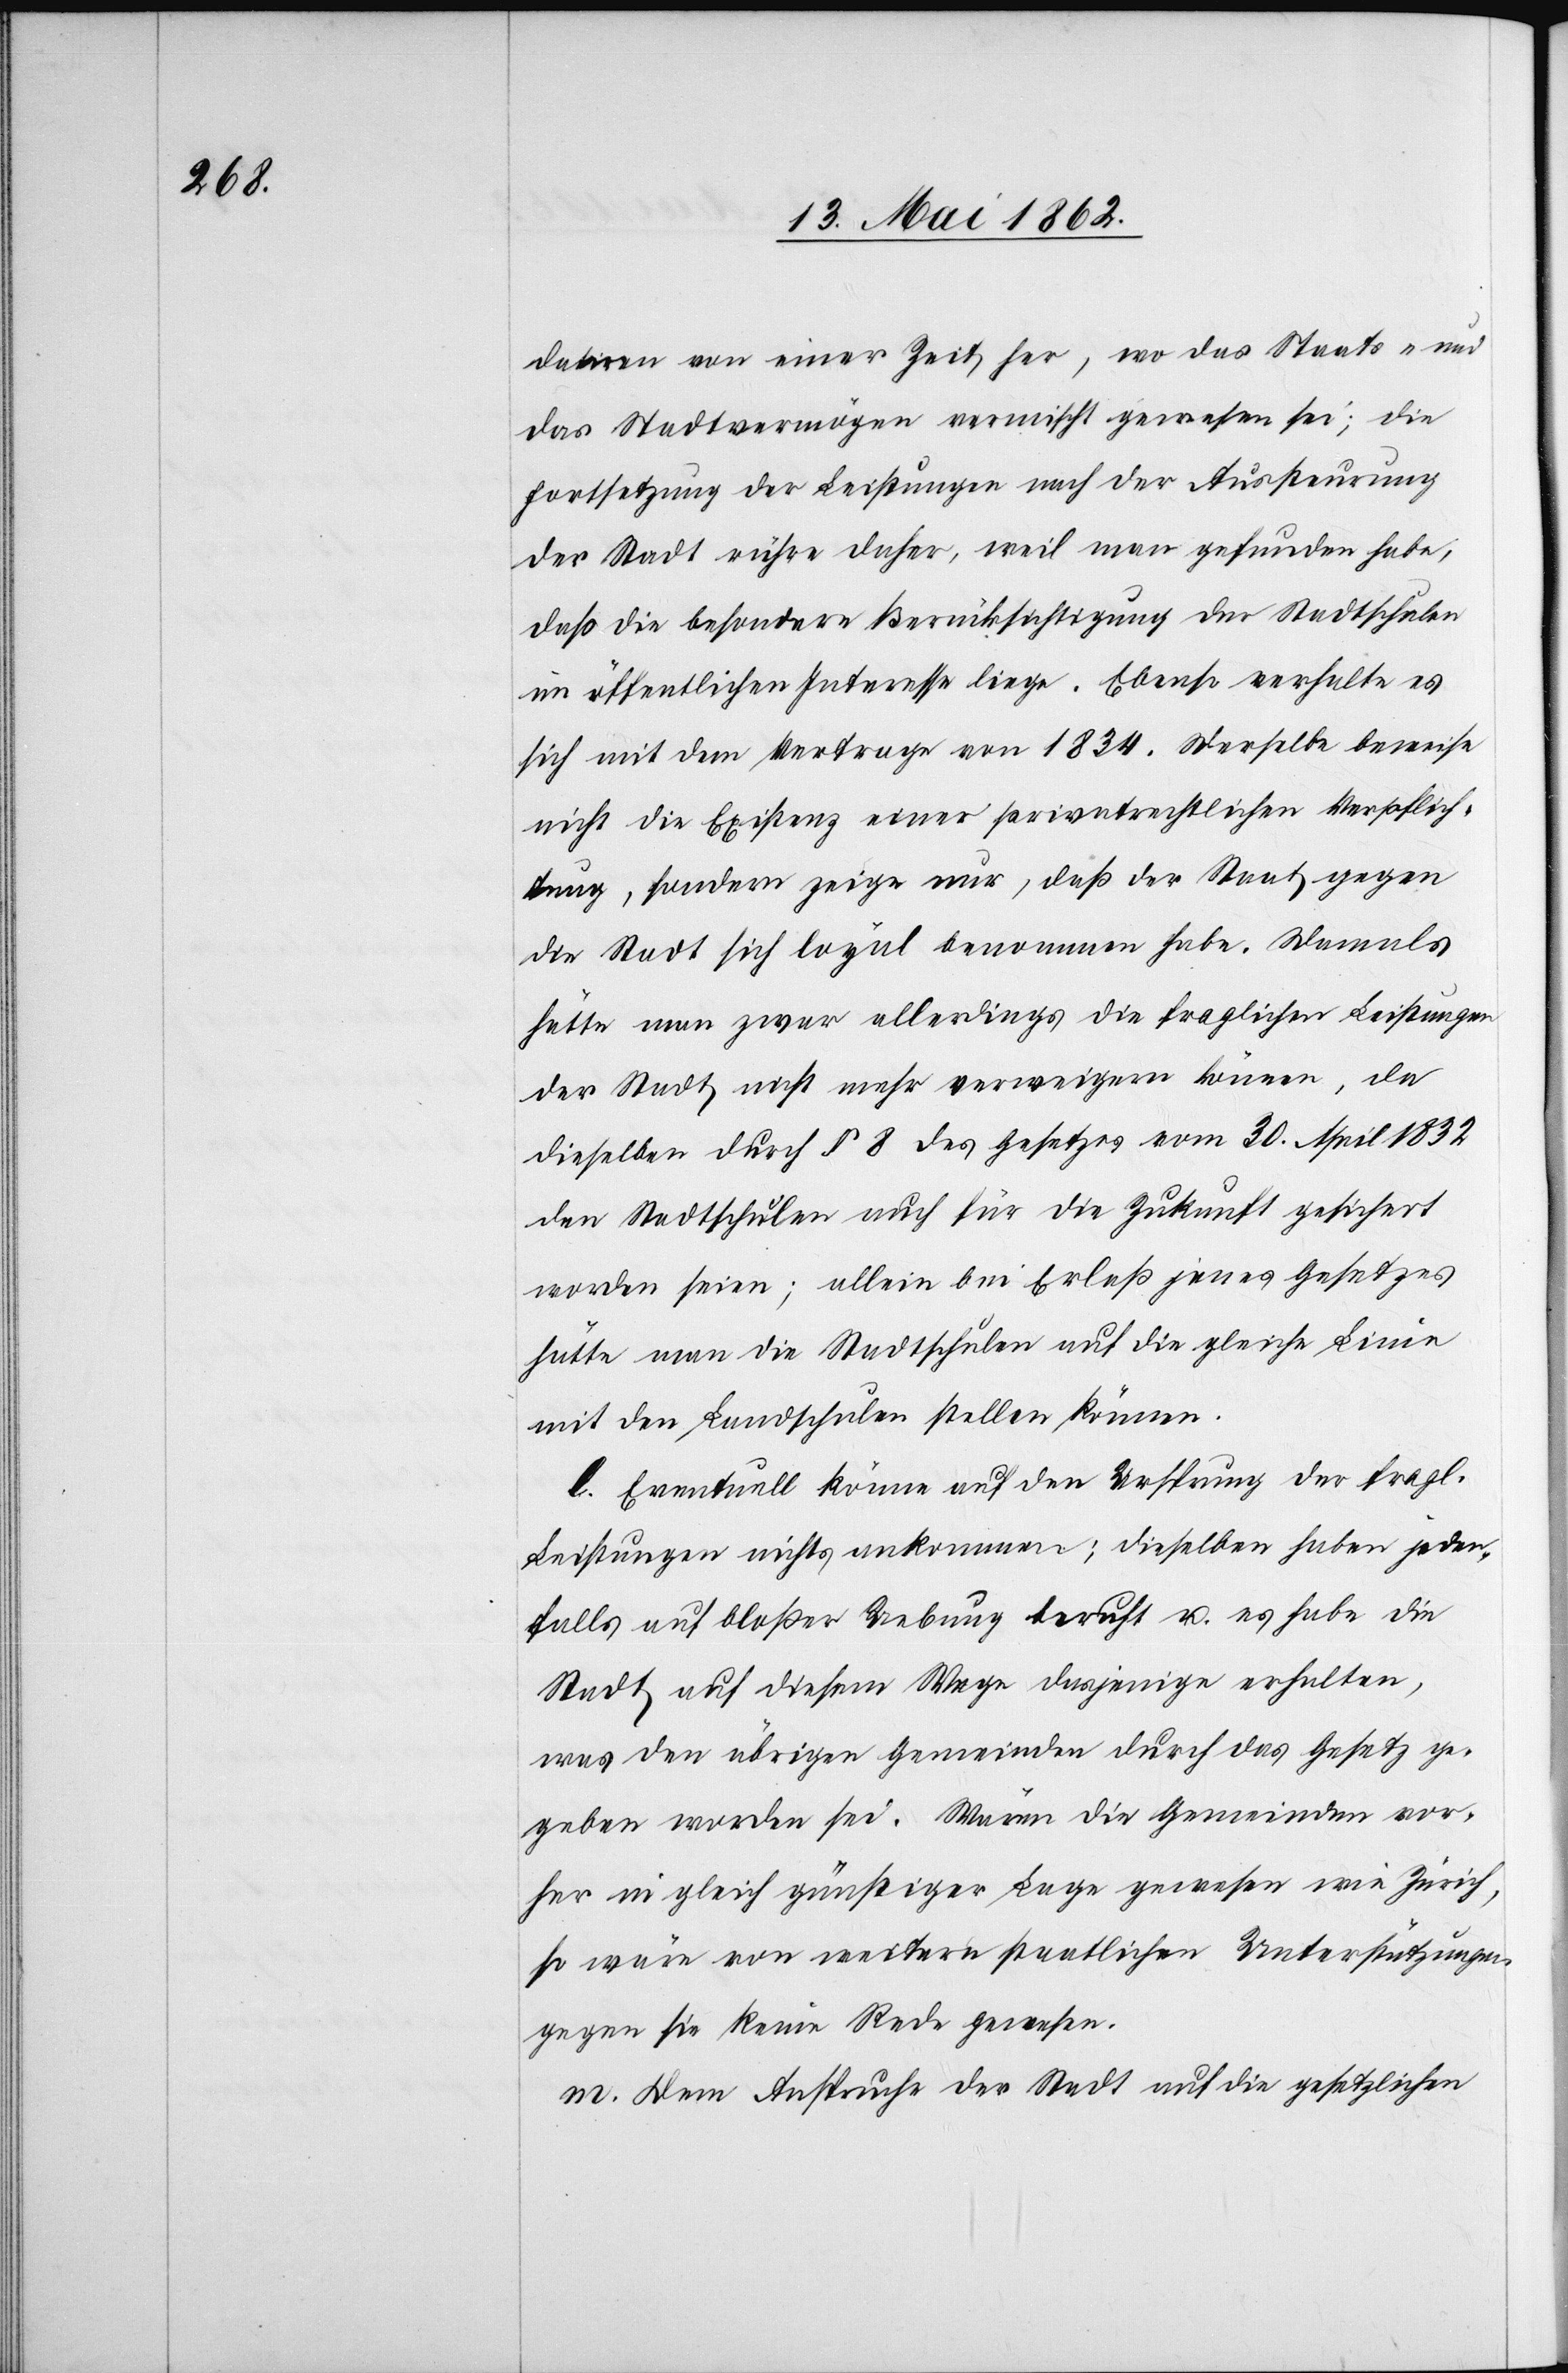
datiren von einer Zeit her, wo das Staats- und
das Stadtvermögen vermischt gewesen sei; die
Fortsetzung der Leistungen nach der Aussteuerung
der Stadt rühre daher, weil man gefunden habe,
daß die besondere Berücksichtigung der Stadtschulen
im öffentlichen Interesse liege. Ebenso verhalte es
sich mit dem Vertrage von 1834. Derselbe beweise
nicht die Existenz einer privatrechtlichen Verpflich¬
tung, sondern zeige nur, daß der Staat gegen
die Stadt sich loyal benommen habe. Damals
hätte man zwar allerdings die fraglichen Leistungen
der Stadt nicht mehr verweigern können, da
dieselben durch § 8 des Gesetzes vom 30. April 1832
den Stadtschulen auch für die Zukunft gesichert
worden seien; allein bei Erlaß jenes Gesetzes
hätte man die Stadtschulen auf die gleiche Linie
mit den Landschulen stellen können.
l. Eventuell könne auf den Ursprung der fragl.
Leistungen nichts ankommen; dieselben haben jeden¬
falls auf bloßer Uebung beruht u. es habe die
Stadt auf diesem Wege dasjenige erhalten,
was den übrigen Gemeinden durch das Gesetz ge¬
geben worden sei. Wären die Gemeinden vor¬
her in gleich günstiger Lage gewesen wie Zürich,
so wäre von weitern staatlichen Unterstützungen
gegen sie keine Rede gewesen.
m. Dem Anspruche der Stadt auf die gesetzlichen